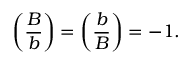
\left( { \frac { B } { b } } \right) = \left( { \frac { b } { B } } \right) = - 1 .